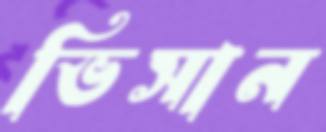
ভিসান